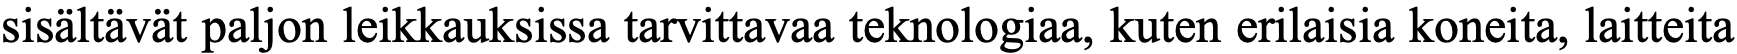
sisältävät paljon leikkauksissa tarvittavaa teknologiaa, kuten erilaisia koneita, laitteita